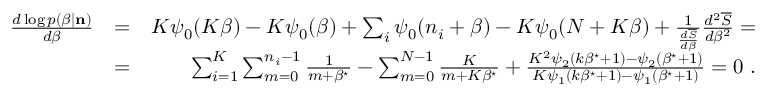
\begin{array} { r l r } { \frac { d \log p ( \beta | { \bf n } ) } { d \beta } } & { = } & { K \psi _ { 0 } ( K \beta ) - K \psi _ { 0 } ( \beta ) + \sum _ { i } \psi _ { 0 } ( n _ { i } + \beta ) - K \psi _ { 0 } ( N + K \beta ) + \frac { 1 } { \frac { d \overline { { S } } } { d \beta } } \frac { d ^ { 2 } \overline { { S } } } { d \beta ^ { 2 } } = } \\ & { = } & { \sum _ { i = 1 } ^ { K } \sum _ { m = 0 } ^ { n _ { i } - 1 } \frac { 1 } { m + \beta ^ { \star } } - \sum _ { m = 0 } ^ { N - 1 } \frac { K } { m + K \beta ^ { \star } } + \frac { K ^ { 2 } \psi _ { 2 } ( k \beta ^ { \star } + 1 ) - \psi _ { 2 } ( \beta ^ { \star } + 1 ) } { K \psi _ { 1 } ( k \beta ^ { \star } + 1 ) - \psi _ { 1 } ( \beta ^ { \star } + 1 ) } = 0 ~ . } \end{array}